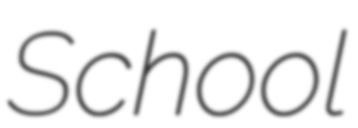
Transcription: School